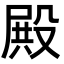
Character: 殿